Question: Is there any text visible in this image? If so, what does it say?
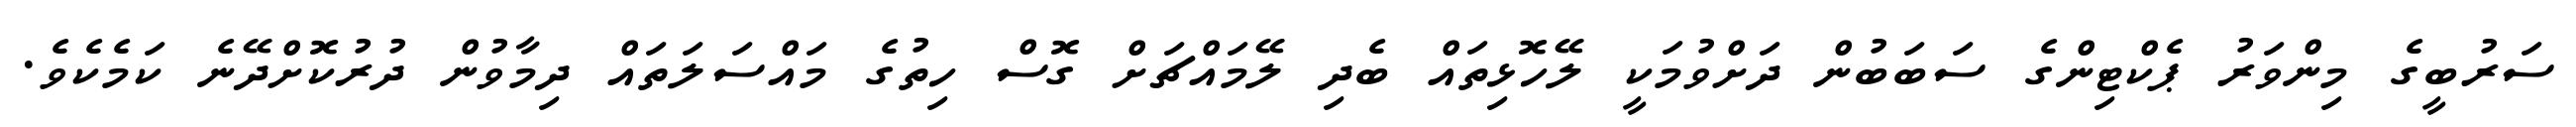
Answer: ސަރުބީގެ މިންވަރު ޕެކްޓިންގެ ސަބަބުން ދަށްވުމަކީ ލޭހޮޅިތައް ބެދި ލޭމައްޗަށް ގޮސް ހިތުގެ މައްސަލަތައް ދިމާވުން ދުރުކޮށްދޭނެ ކަމެކެވެ.